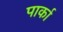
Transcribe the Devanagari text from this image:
पार्का